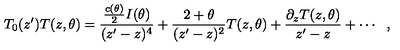
T _ { 0 } ( z ^ { \prime } ) T ( z , \theta ) = \frac { \frac { c ( \theta ) } { 2 } I ( \theta ) } { ( z ^ { \prime } - z ) ^ { 4 } } + \frac { 2 + \theta } { ( z ^ { \prime } - z ) ^ { 2 } } T ( z , \theta ) + \frac { \partial _ { z } T ( z , \theta ) } { z ^ { \prime } - z } + \cdots \: \: \: ,